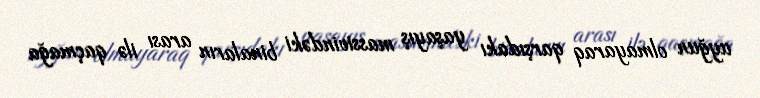
uyğun olmayaraq qarşıdakı yaşayış massivindəki binaların arası ilə qaçmağa